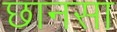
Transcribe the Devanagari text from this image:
छानसा